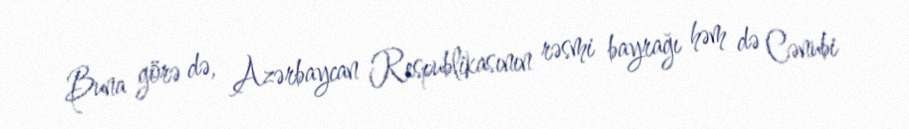
Buna görə də, Azərbaycan Respublikasının rəsmi bayrağı həm də Cənubi